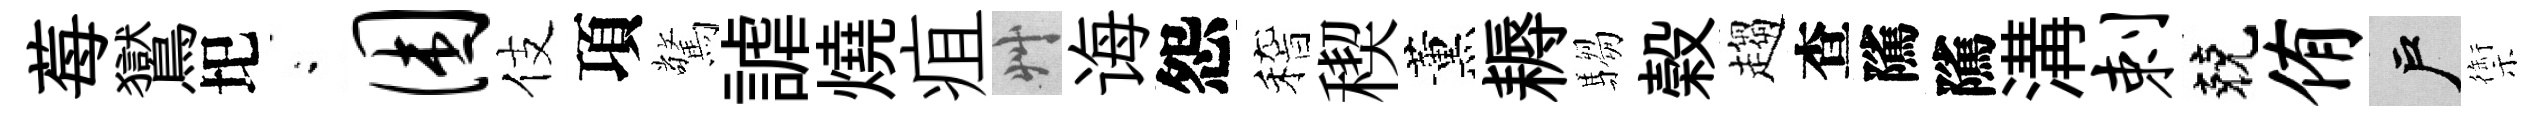
莓鸑圯閤困伎項驚謔燒疽艸诲怨稽稧薰耨騶榖趨查隲隲溝剌兢侑户禦